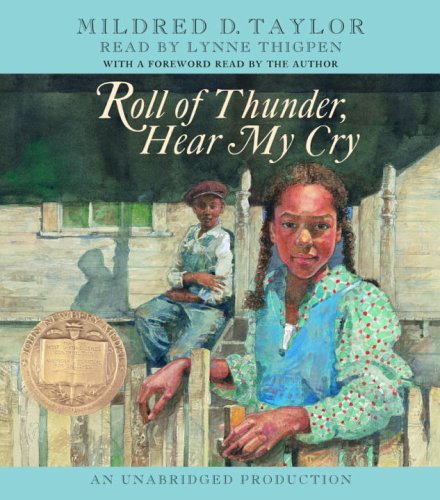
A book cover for Roll of Thunder, Hear My Cry; Mildred D. Taylor; Teen & Young Adult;